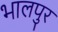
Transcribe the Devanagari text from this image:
भालपुर